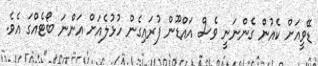
ޑޭވީއަށް ކެއުން ގެންނަނީ ވެސް އައްޑޫން ފުރައިގެން ހުޅުލެއަށް އަންނަ ބޯޓެއްގަ އެވެ.